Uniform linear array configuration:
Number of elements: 64
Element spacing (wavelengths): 0.5
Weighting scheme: hann
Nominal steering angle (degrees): -45
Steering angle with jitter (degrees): -44.093
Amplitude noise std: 0.05
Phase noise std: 0.05

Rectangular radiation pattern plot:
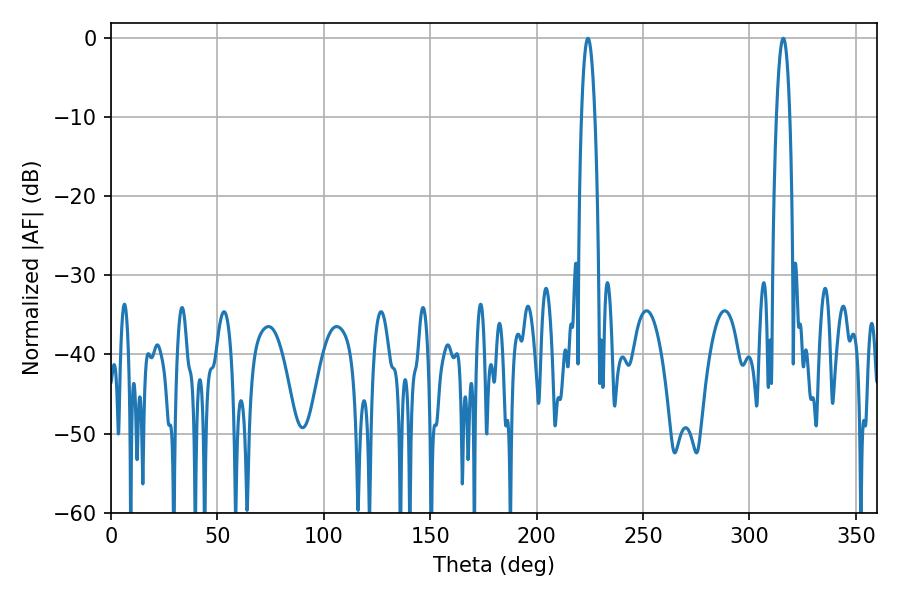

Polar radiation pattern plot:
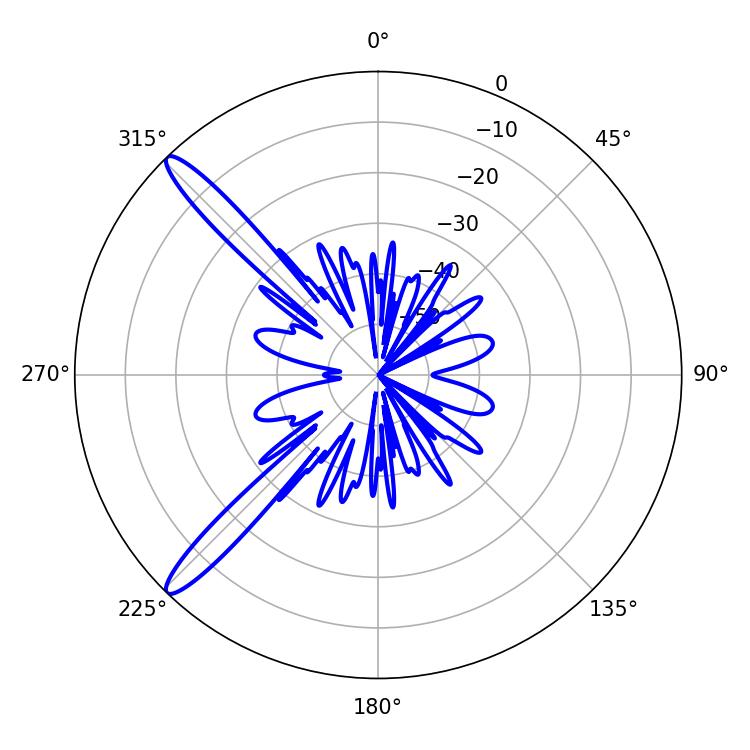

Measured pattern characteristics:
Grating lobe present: FALSE
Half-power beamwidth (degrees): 3.42
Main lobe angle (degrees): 315.9